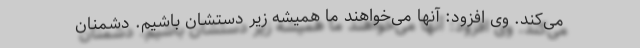
می‌کند. وی افزود: آنها می‌خواهند ما همیشه زیر دستشان باشیم. دشمنان